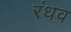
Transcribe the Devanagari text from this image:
रंधव